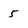
Character: 5